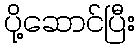
ပို့ဆောင်ပြီး